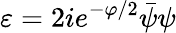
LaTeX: \varepsilon=2ie^{-\varphi/2}\bar{\psi}\psi